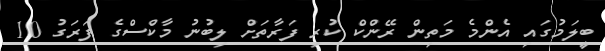
ބީލަމުގައި އެންމެ މަތިން ރޭންކް ކުރި ފަރާތަށް ލިބުނު މާކްސްގެ ފަރަގު 10